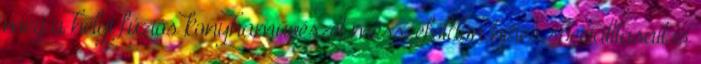
meg a helyi fúziós konyhaművészet messzeföldön híres specialitásait is